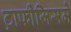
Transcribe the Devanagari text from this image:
ट्राफीजिसमे